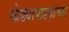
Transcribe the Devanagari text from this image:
खेड्यापाड्यांच्या